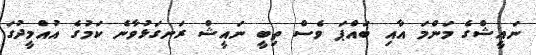
ނައީޝްގެ މަންމަ އާއި ބައްޕަ ވެސް ތިބީ ނައީޝް ރަނގަޅުވާނެ ކަމުގެ އުއްމީދުގަ